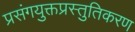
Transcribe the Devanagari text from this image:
प्रसंगयुक्तप्रस्तुतिकरण